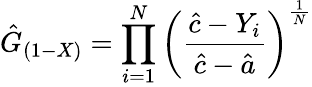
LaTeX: {\hat{G}}_{(1-X)}=\prod_{i=1}^{N}\left({\frac{{\hat{c}}-Y_{i}}{{\hat{c}}-{\hat{a}}}}\right)^{\frac{1}{N}}